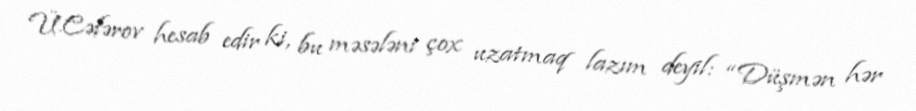
Ü.Cəfərov hesab edir ki, bu məsələni çox uzatmaq lazım deyil: “Düşmən hər